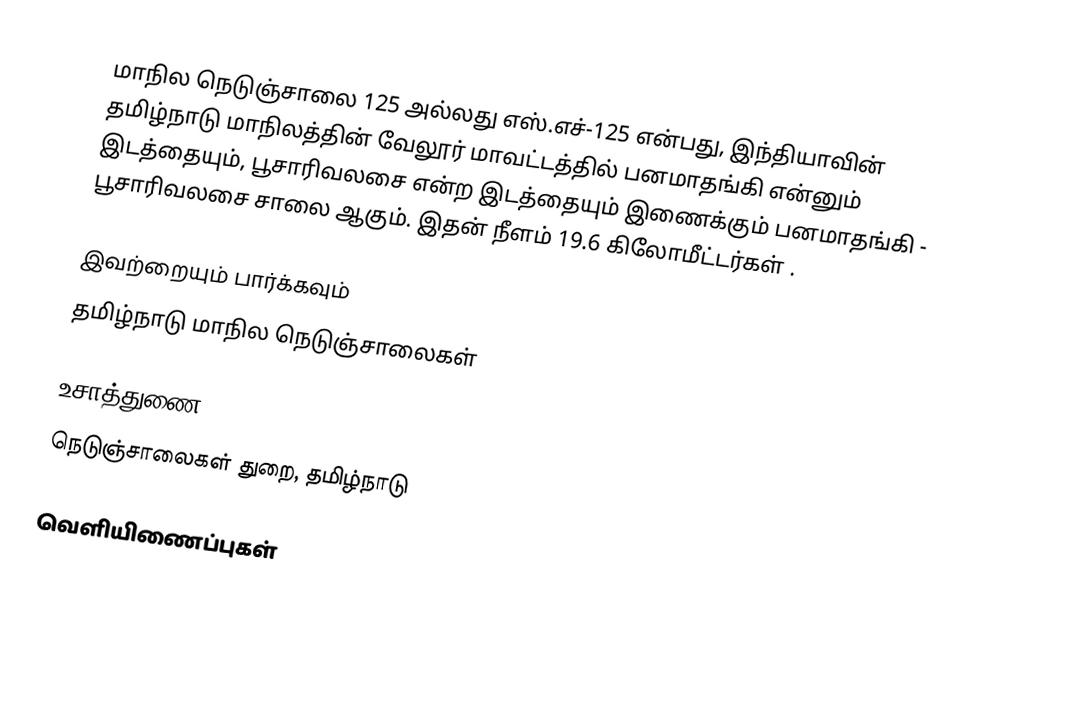
மாநில நெடுஞ்சாலை 125 அல்லது எஸ்.எச்-125 என்பது, இந்தியாவின் தமிழ்நாடு மாநிலத்தின் வேலூர் மாவட்டத்தில் பனமாதங்கி என்னும் இடத்தையும், பூசாரிவலசை என்ற இடத்தையும் இணைக்கும் பனமாதங்கி - பூசாரிவலசை சாலை ஆகும். இதன் நீளம் 19.6  கிலோமீட்டர்கள் .

இவற்றையும் பார்க்கவும்
 தமிழ்நாடு மாநில நெடுஞ்சாலைகள்

உசாத்துணை
 நெடுஞ்சாலைகள் துறை, தமிழ்நாடு

வெளியிணைப்புகள்